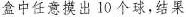
盒中任意摸出10个球，结果